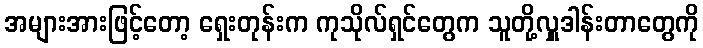
အများအားဖြင့်တော့ ရှေးတုန်းက ကုသိုလ်ရှင်တွေက သူတို့လှူဒါန်းတာတွေကို